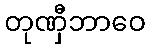
တုဏှီဘာဝေ